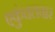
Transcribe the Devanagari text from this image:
एकुंचलवार